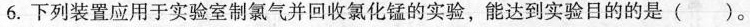
6.下列装置应用于实验室制氯气并回收氯化锰的实验，能达到实验目的的是( )。